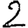
Digit: 2